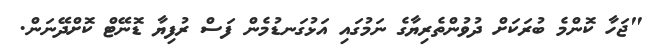
"ޖަހާ ކޮންމެ ބުރަކަށް ދުވުންތެރިޔާގެ ނަމުގައި އަޅުގަނޑުމެން ފަސް ރުފިޔާ ޑޮނޭޓް ކޮށްދޭނަން.